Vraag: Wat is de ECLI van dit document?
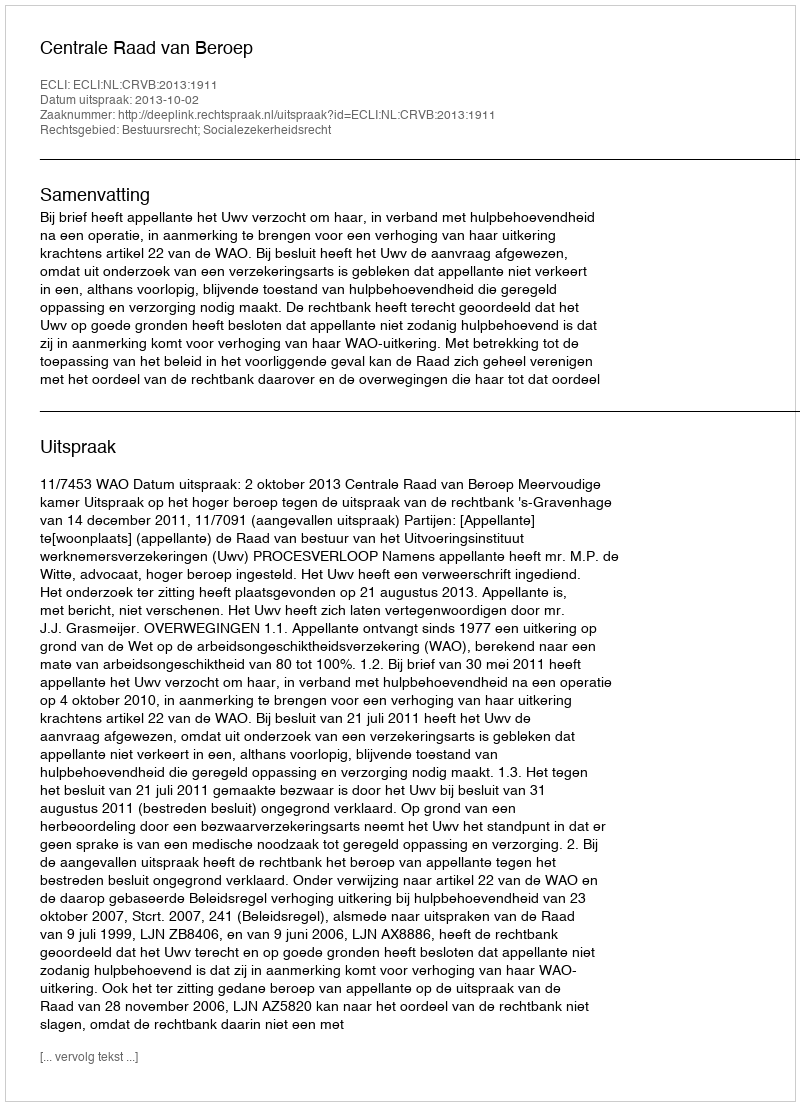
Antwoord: ECLI:NL:CRVB:2013:1911